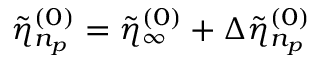
\tilde { \eta } _ { n _ { p } } ^ { ( 0 ) } = \tilde { \eta } _ { \infty } ^ { ( 0 ) } + \Delta \tilde { \eta } _ { n _ { p } } ^ { ( 0 ) }